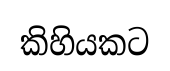
කිහියකට